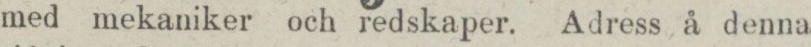
med mekaniker och redskaper. Adress å denna